Report of an investigation into the causes of the diseases known in Assam as Kála-Azár and Beri-Beri
Disease focus: Beri-Beri
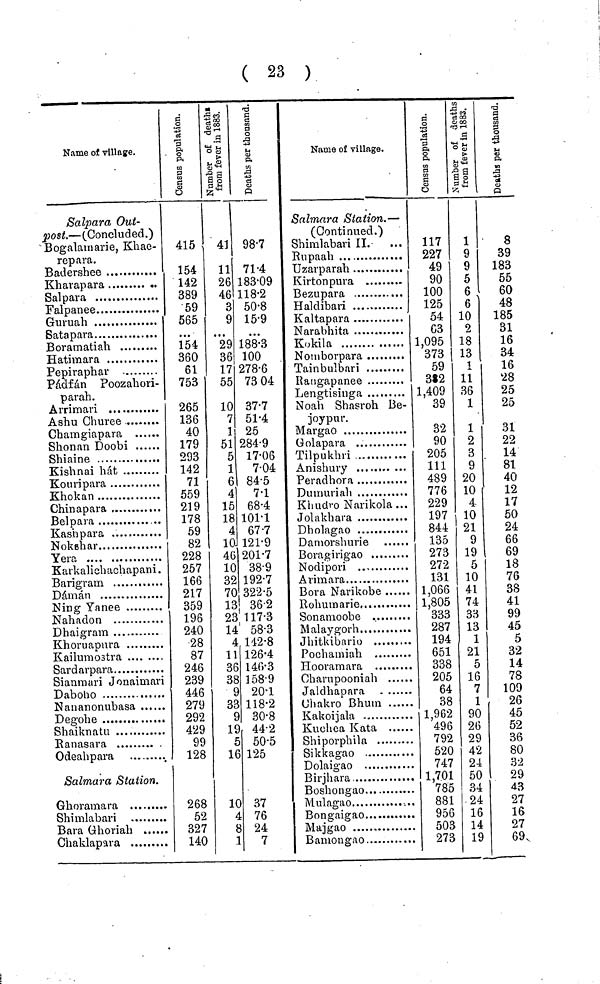
( 23 )
Name of village.
Salpara Out-
post. — (Concluded.)
Bogalamarie, Khae-
repara.
Kharapara
Salpara
Falpanee
Guruah
Satapara
Boramatiah
Pepiraphar
Pádfán Poozahori-
parah.
Arrimari
Ashu Churee
Chamgiapara
Shonan Doobi
Shiaine
Kishnai hát
Kouripara
Khokan
Chinapara
Bel para
Kasnpara
Yera
Karkalichachapani
Barigrarn
Daman
Ning Yanee
Nahadon
Dhaigram
Khoruapura
Kailumostra
Sardarpara
Sianmari Jonaimari
Daboho
Nananonubasa
Degohe
Shaiknatu
Ranasara
Odeahpara
Salmara Station.
Ghoramara
Shimlabari
Bara Ghoriah
Chaklapara
415
154
142
389
59
565
154
360
61
753
265
136
40
179
293
142
71
559
219
178
59
82
228
257
166
217
359
196
240
28
87
246
239
446
279
292
429
99
128
268
52
327
140
41
11
26
46
3
9
29
36
17
55
10
7
1
51
5
1
6
4
15
18
4
10.
46
10
32
VU
13
23
14
4
11
36
38
y
33
9
19
5
16
10
4
8
1
987
71·4
183·09
118·2
50·8
15·9
188·3
100
278·6
73 04
37·7
51·4
25
284·9
17·06
7·04
84·5
7·1
68·4
101·1
67·7
121·9
201·7
38·9
192·7
322·5
36·2
117·3
58·3
142·8
126·4
146·3
158·9
20·1
118·2
30·8
44·2
50·5
125
37
76
24
7
Name of village.
Salmara Station. —
(Continued.)
Shimlabari II.
Rupaah
Uzarparah
Kirtonpura
Bezupara
Haldibari
Kaltapara
Narabhita
.
Kokila
Nomborpara
Tainbulbari
Rangapanee
Lengtisinga
Noah Shasroh Be-
joypur.
Margao
Golapara
Tilpukhri
Anishury
,
Peradhora
Dumuriah
Khudro Narikola ...
Jolakbara
Dholagao
Damorshurie
Nodipori
Arimara
Bora Narikobe
Rohumarie..
Sonamoobe
Malaygorh
Jhitkibario
Pochamiah
Hooramara
Charupooniah
Jaldhapnra
Chakro
Bhum
Kakoijala
Kuchea K ata
Shiporphila
Sikkagao
Dolaigao
Birjhara
Boshongao
Mulagao
Bongaigao
Majgao
Bamongao
117
227
49
90
100
125
54
63
1,095
373
59
3S2
1,409
39
32
90
205
111
489
776
229
197
844
135
273
272
131
1,066
1,805
333
287
194
651
338
205
64
38
1,962
496
792
520
747
1,701
785
881
956
503
273
1
9
9
5
6
6
10
2
18
13
1
11
36
1
1
2
3
9
20
10
4
10
21
9
19
5
10
41
74
33
13
1
21
5
16
7
1
90
26
29
42
24
50
34
24
16
14
19
8
39
183
55
60
48
185
31
16
34
16
28
25
25
31
22
14
81
40
12
17
50
24
66
69
18
76
38
41
99
45
5
32
14
78
109
26
45
52
36
80
32
29
43
27
16
27
69